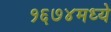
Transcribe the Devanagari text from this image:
१६७४मध्ये